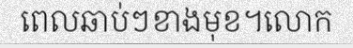
ពេលឆាប់ៗខាងមុខ។លោក